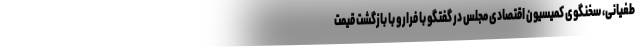
طغیانی، سخنگوی کمیسیون اقتصادی مجلس در گفتگو با فرارو با بازگشت قیمت